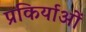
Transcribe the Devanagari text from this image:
प्रकिर्याओं